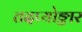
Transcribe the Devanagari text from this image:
तदप्योङ्कार